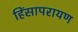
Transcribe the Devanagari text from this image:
हिंसापरायण